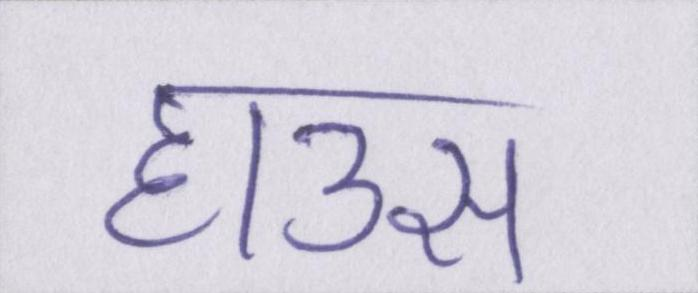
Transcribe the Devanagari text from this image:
हाउस